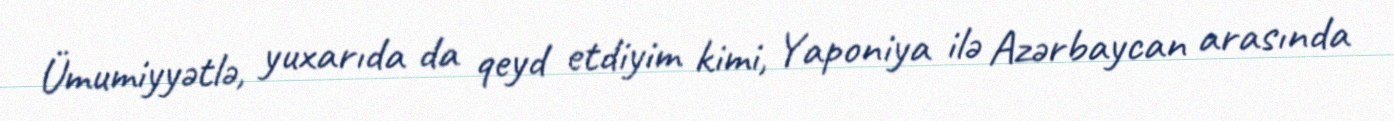
Ümumiyyətlə, yuxarıda da qeyd etdiyim kimi, Yaponiya ilə Azərbaycan arasında